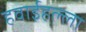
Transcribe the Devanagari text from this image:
हवाईहल्ला